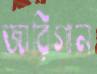
জারিগান